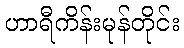
ဟာရီကိန်းမုန်တိုင်း